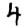
Digit: 4